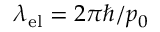
\lambda _ { \mathrm { e l } } = 2 \pi \hbar / p _ { 0 }